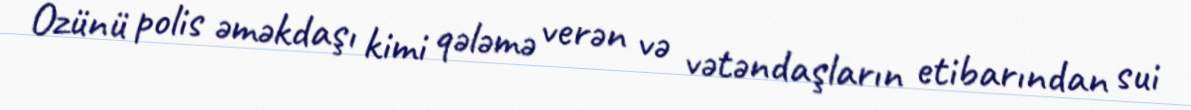
Özünü polis əməkdaşı kimi qələmə verən və vətəndaşların etibarından sui